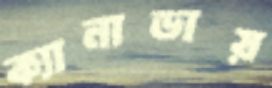
ক্যানাডায়